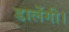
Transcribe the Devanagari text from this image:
डालेंगी।